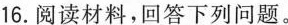
16.阅读材料，回答下列问题。